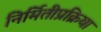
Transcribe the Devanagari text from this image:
निर्मितीप्रक्रिया